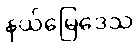
နယ်မြေဒေသ